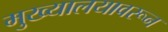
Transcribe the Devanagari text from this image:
मुख्यालयावरून